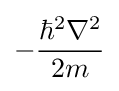
-{\frac {\hbar ^{2}\nabla ^{2}}{2m}}